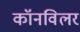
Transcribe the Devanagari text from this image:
कॉनविलर